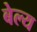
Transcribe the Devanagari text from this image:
बेल्य